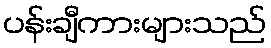
ပန်းချီကားများသည်